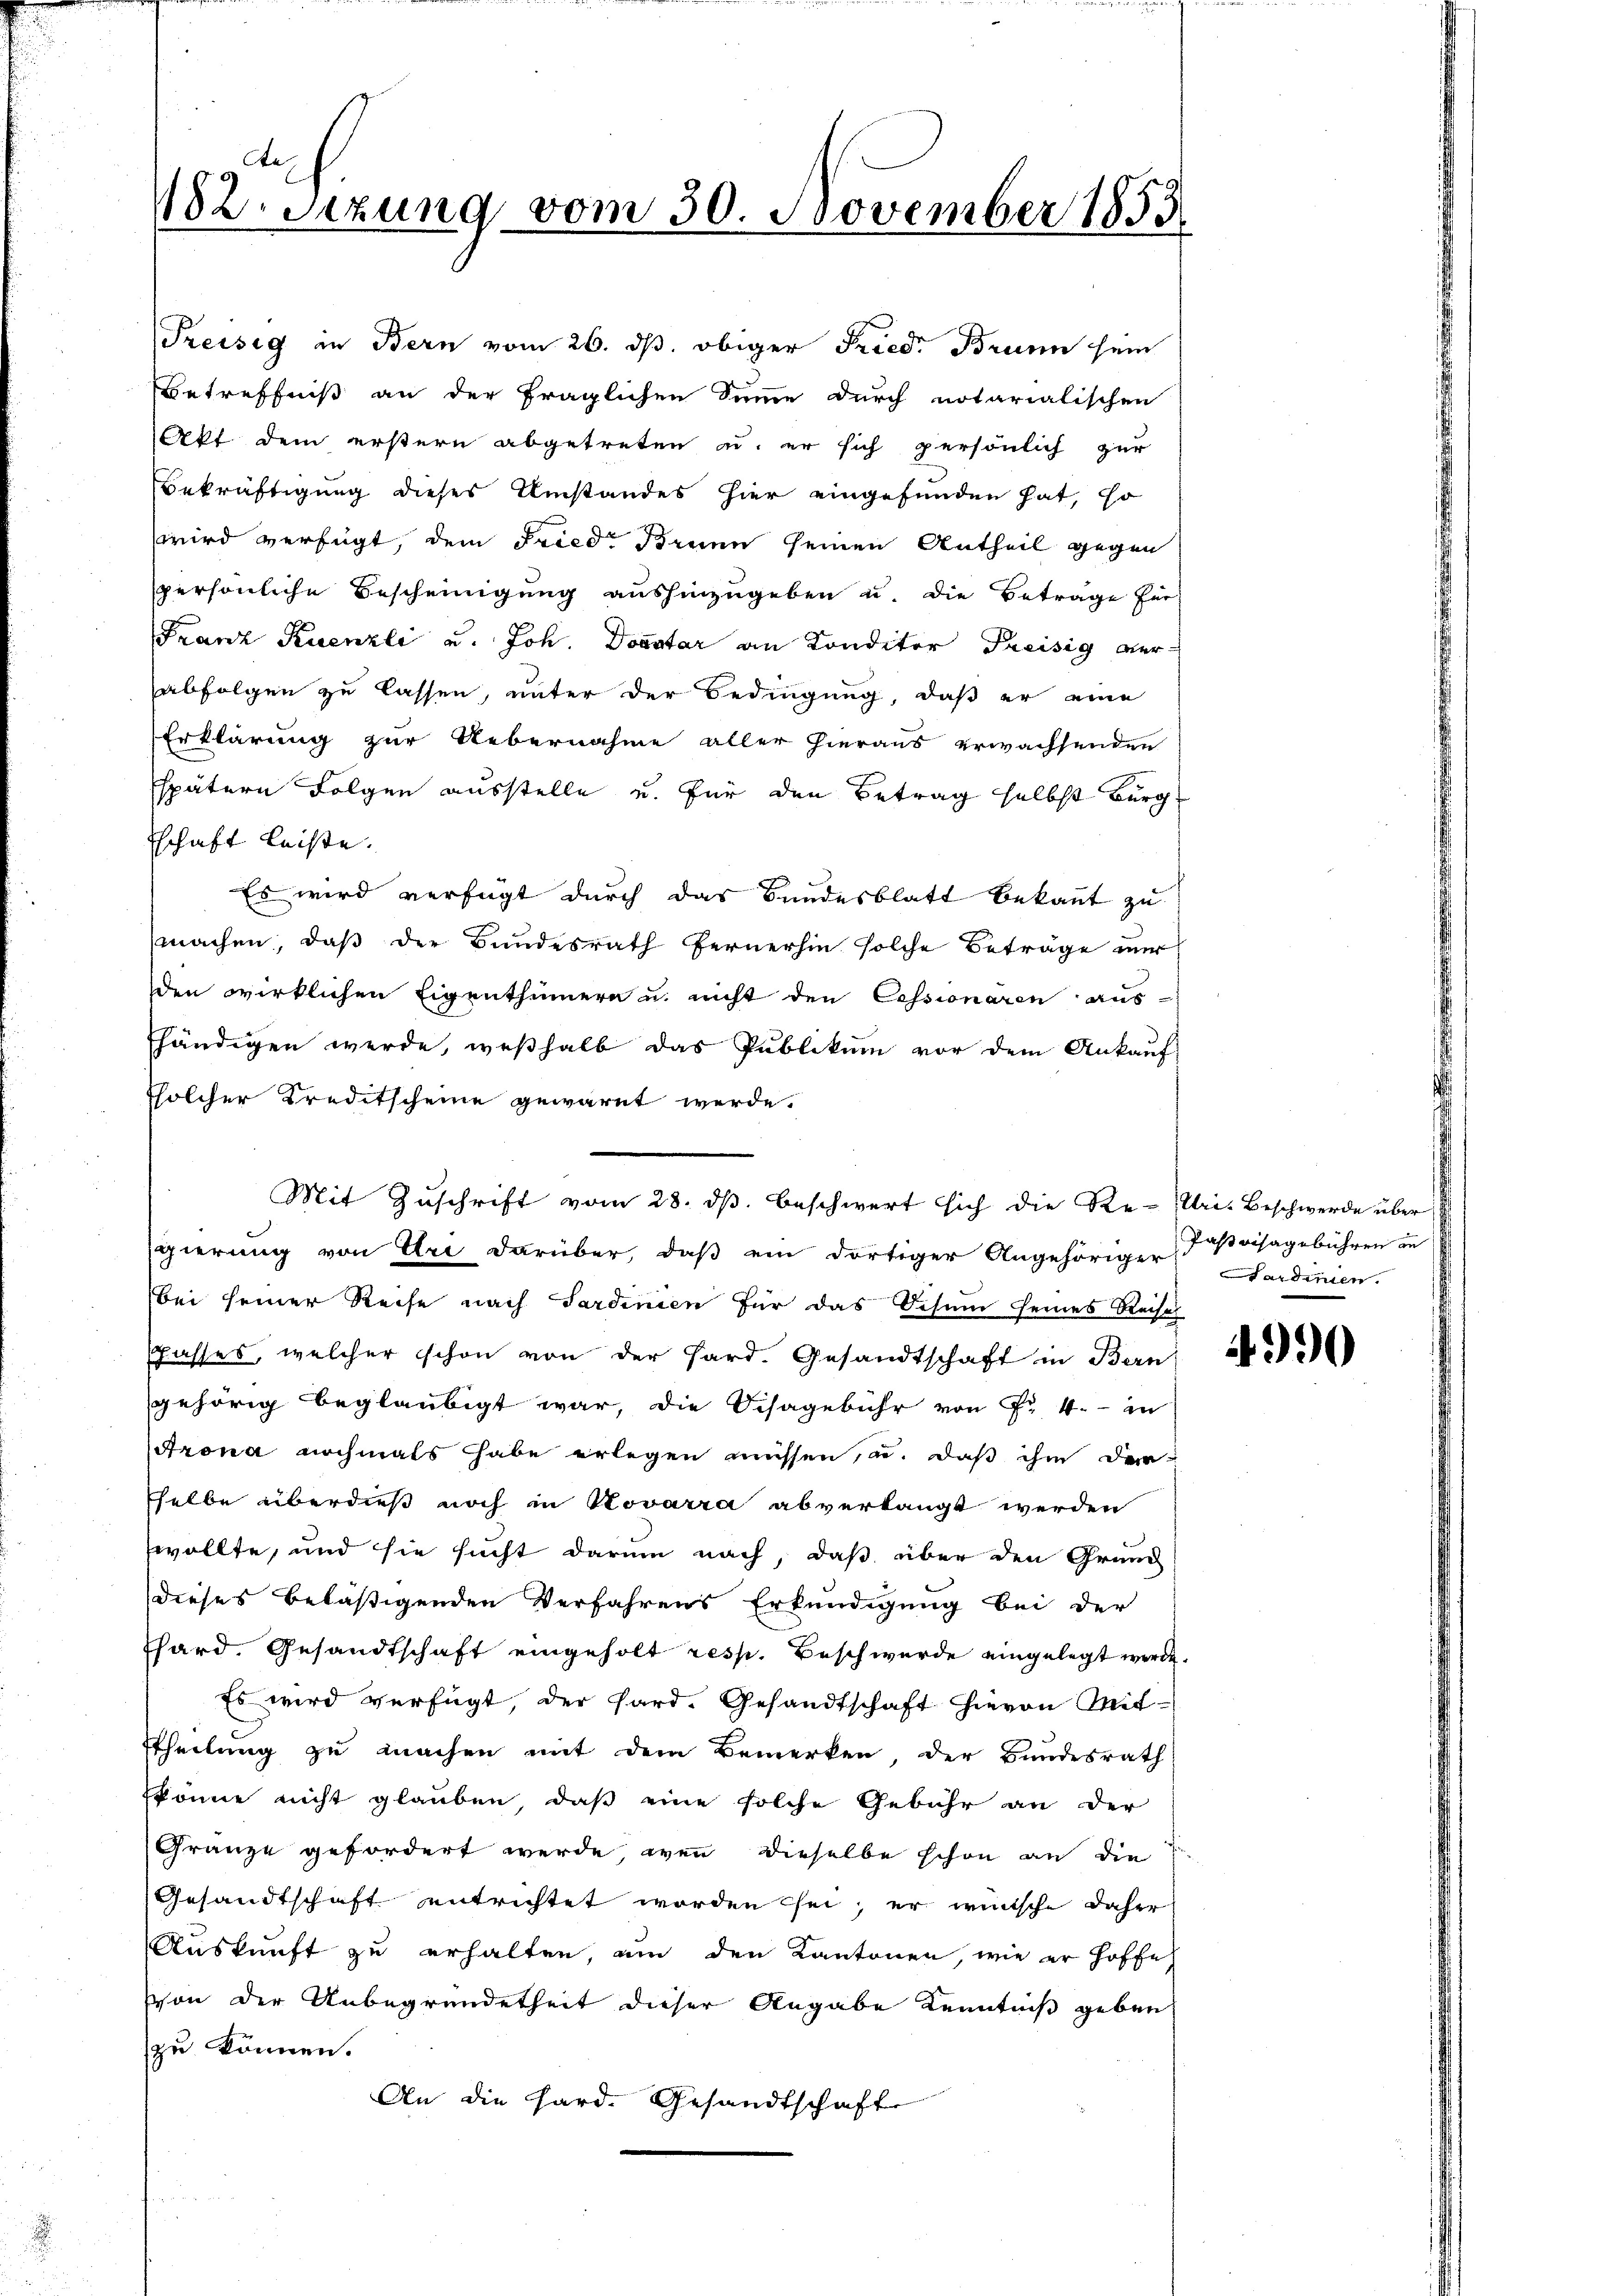
182 Sizung vom 30. November 1853

Preisig in Bern vom 26. ds. obiger Fried. Brunn sein
Betreffniß an der fraglichen Summe durch notarialischen
Akt dem erstern abgetreten u. er sich persönlich zur
Bekräftigung dieses Umstandes hier eingefunden hat, so
wird verfügt, dem Fried, Brunn seinen Antheil gegen
spersönliche Bescheinigung aushinzugeben u. die Beträge für
Franz Kuenzli u. Joh. Donatar an Konditor Preisig verabfolgen zu lassen, unter der Bedingung, daß er eine
Erklärung zur Uebernahme aller hieraus erwachsenden
spätern Folgen ausstelle u. für den Betrag selbst Burg
schaft leiste.
Es wird verfügt durch das Bundesblatt bekannt zu
machen, daß der Bundesrath fernerhin solche Beträge nur
den wirklichen Eigenthümern u. nicht den Cessionaren aus
shändigen werde, weßhalb das Publikum vor dem Ankauf-
Solcher Kreditscheine gewarnt werde.
gierung von Uri darüber, daß ein dortiger Angehöriger Ferdinien.
bei seiner Reise nach Sardinien für das Schen seines Reisch
fasses, welcher schon von der Hard. Gesandtschaft in Bern
gehörig beglaubigt war, die Visagebühr von Fr. 4. in
Arona nochmals habe erlegen müssen, u. daß ihm dar-
sselbe überdieß noch in Kovarra abverlangt werden
wollte, und sie sucht darum nach, daß über den Grund
dieses beläßigenden Verfahrens Erkundigung bei der
Thard. Gesandtschaft eingeholt resp. Beschwerde eingelegt werde.
Es wird verfügt, der Hard. Gesandtschaft hievon Mit-
ttheilung zu machen mit dem Bemerken, der Bundesrath
könne nicht glauben, daß eine solche Gebühr an der
Granze gefordert werde, wenn dieselbe schon an die
Gesandtschaft entrichtet worden sei; er wünsche daher
Auskunft zu erhalten, um den Kantonen, wie er hoffe
von der Unbegründetheit dieser Angabe Kenntniß geben
zu können.
An die Hard. Gesandtschaft

Mit Zuschrift vom 28. ds. beschwert sich die Re-Uri. Beschwerde über

Pasvisagebühren an

4990